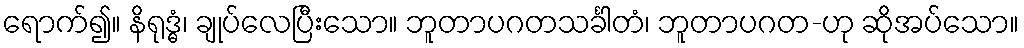
ရောက်၍။ နိရုဒ္ဓံ၊ ချုပ်လေပြီးသော။ ဘူတာပဂတသင်္ခါတံ၊ ဘူတာပဂတ-ဟု ဆိုအပ်သော။